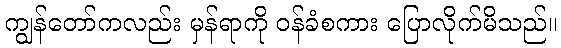
ကျွန်တော်ကလည်း မှန်ရာကို ဝန်ခံစကား ပြောလိုက်မိသည်။